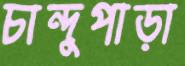
চান্দুপাড়া